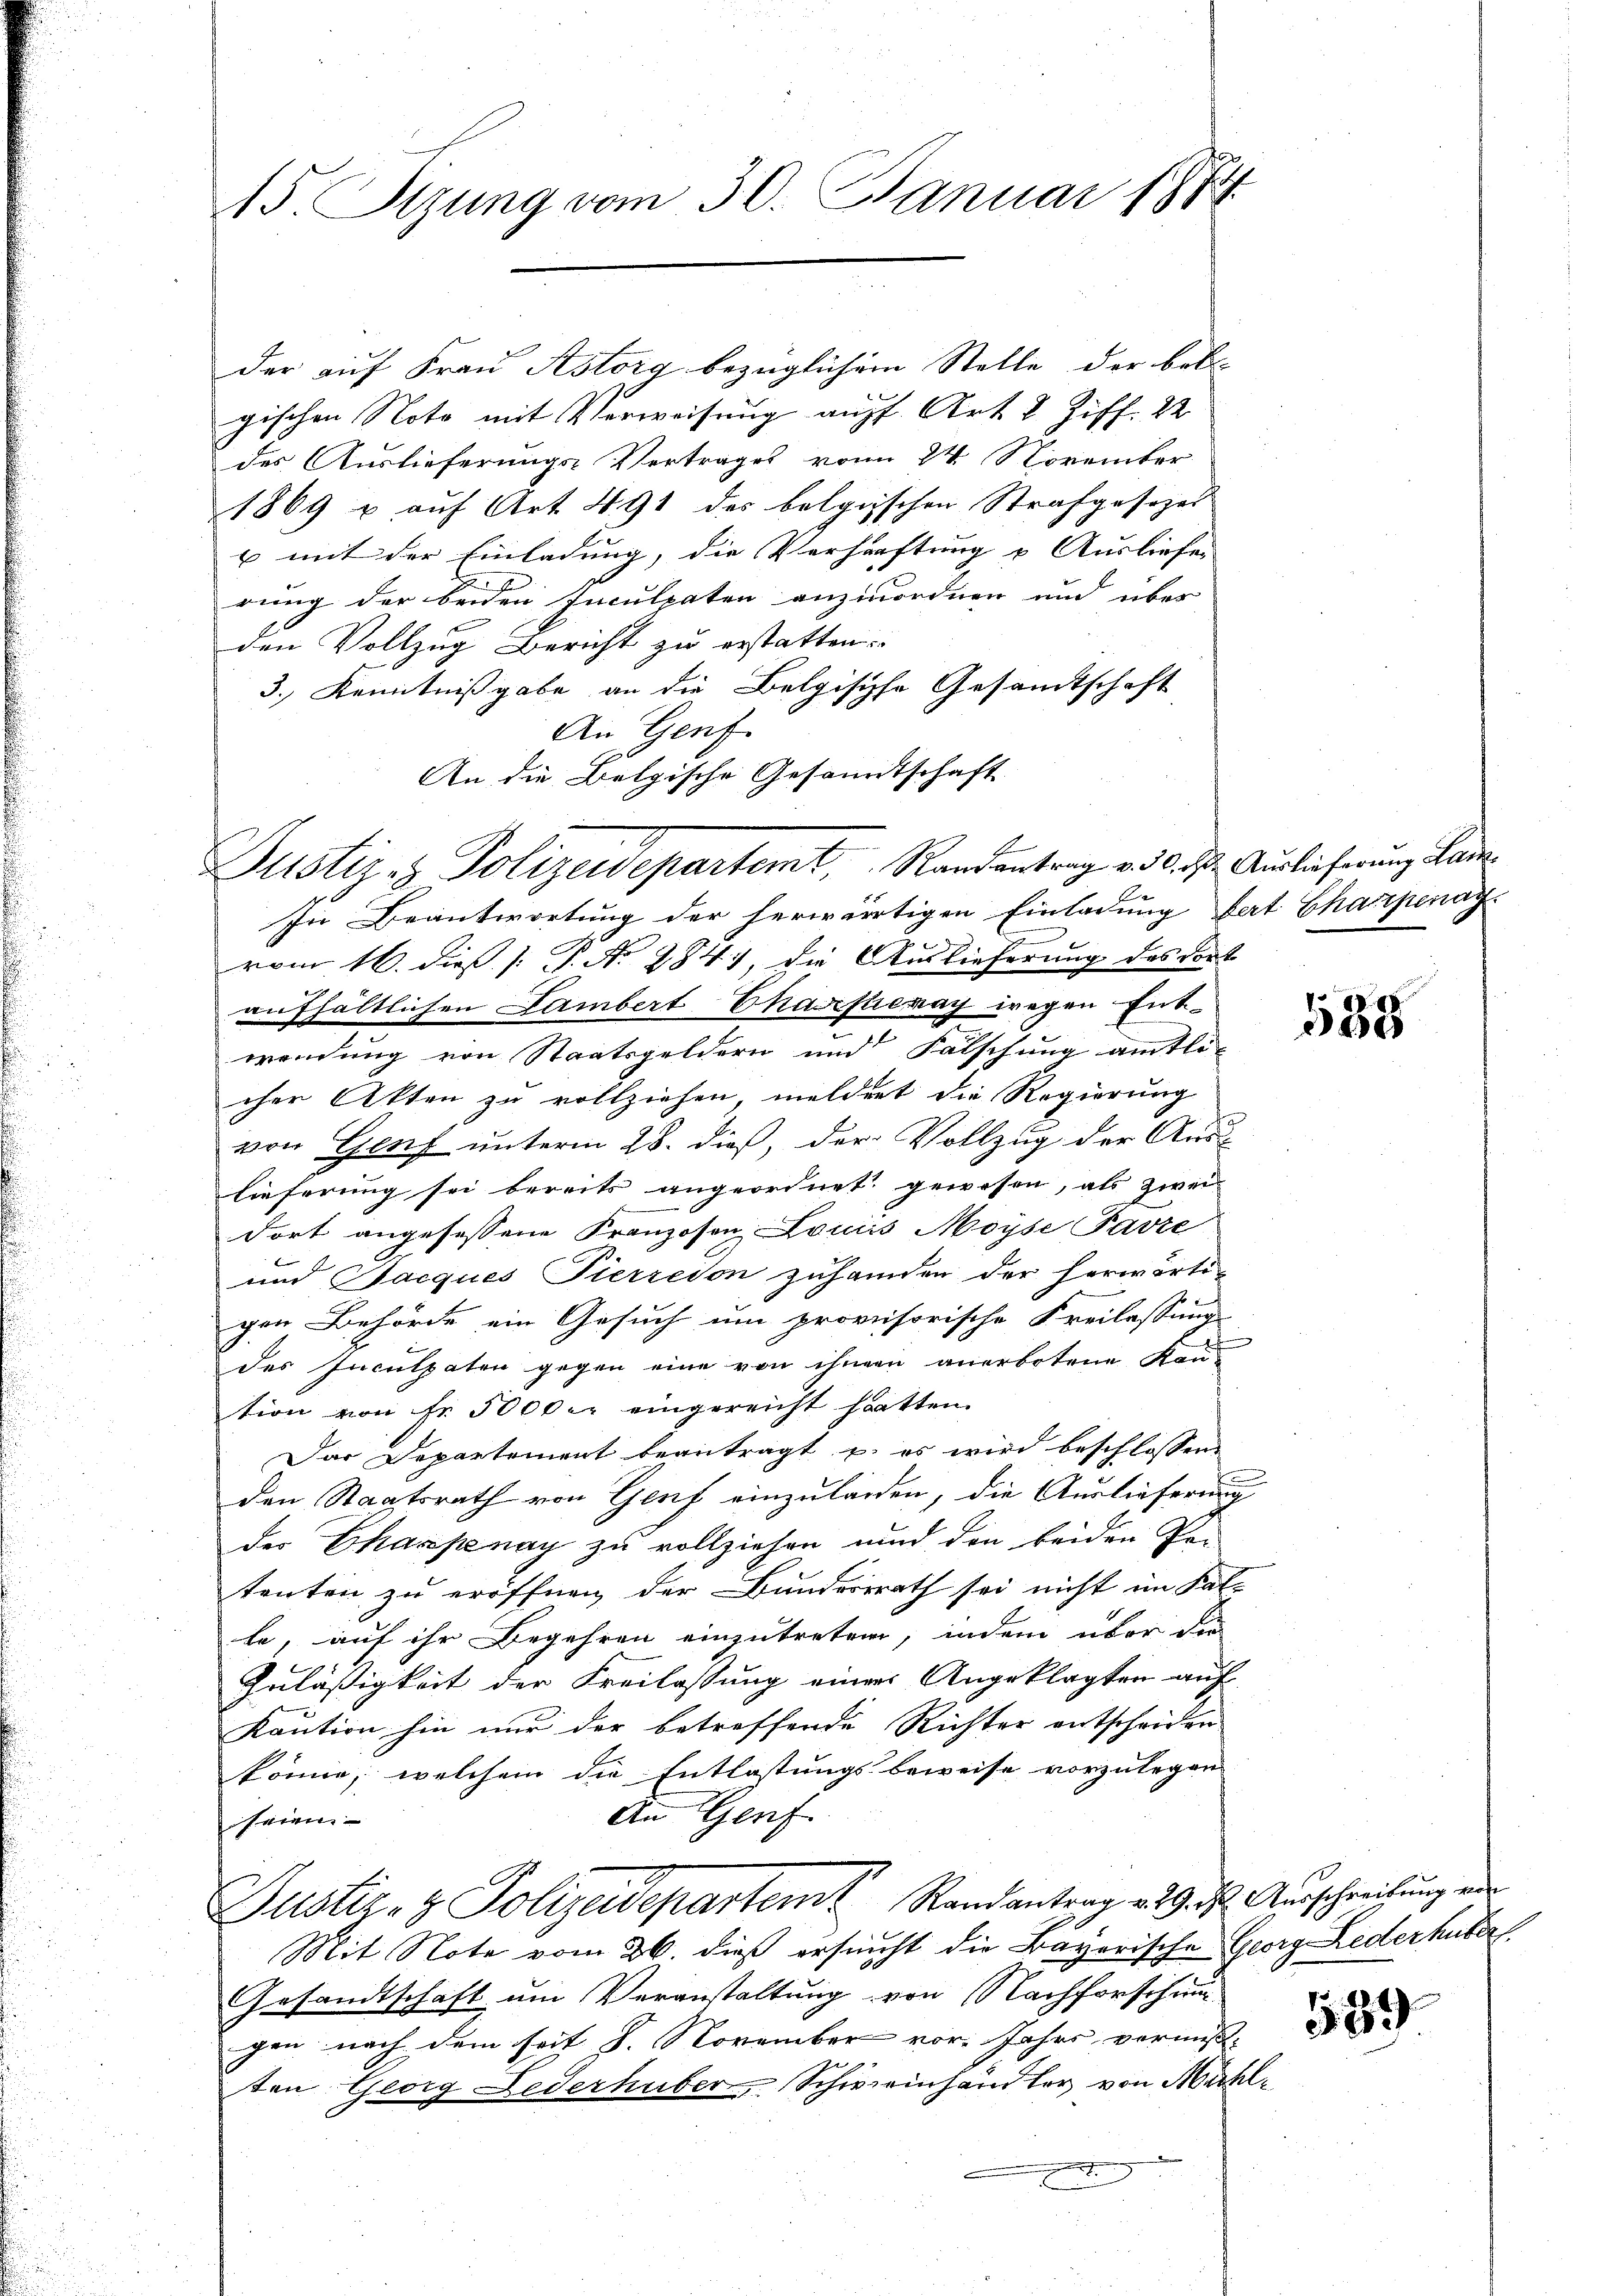
15. Stzung vom 30. Januar 1874.

der auf Frau Astorg bezüglichem Stelle der betr.
gischen Nota mit Verweisung auff Art. 2 Ziff. 22
des Auslieferungs-Vertrages vom 24. November
1869 u auf Art. 491 des belgischen Strafgesezes
x mit der Einladung, die Verhaftung u. Ausliefe,
rung der beiden Inculpaten anzuordnen und über
den Vollzug Bericht zu erstatten.
3.) Kenntnißgabe an die Belgische Gesandtschaft
An Genf.
An die Belgische Gesandtschaft
2

Justiz- & Polizeidepartemt, Randantrag v. 30. ds. Auslieferung Lan¬

In Beantwortung der herwärtigen Einladung hat Chapenag
vom 16. dieß (: P. N. 2847, die Auslieferung des dort
aufhältlichen Lambert Charfenay wegen Ent-
wendung von Staatsgeldern und Fälschung amtli-
cher Akten zu vollziehen, meldert die Regierung
von Genf unterm 28. dieß, der Vollzug der Aus-
lieferung sei bereits angeordnet gewesen, als zwei
dort angefessene Franzosen Louis Noyse Pavie
und Jacques Pierredon zuhanden der herwärti-
gen Behörde ein Gesuch um provisorische Freilassung
f
des Inculpaten gegen eine von ihnen anerbotene Kan-
tion von Fr. 5000 er eingereicht hatten.
Das Departement beantragt u. es wird beschlossen
den Staatsrath von Genf einzuladen, die Auslieferung
der Chaspenay zu vollziehen und den beiden Per-
tenten zu eröffnen der Bundesrath sei nicht im Kal-
te, auf ihr Begehren einzutreten, indem über die
Zuläßigkeit der Freilassung einer Angeklagten auf
Kaution hin nur der betreffende Richter entscheiden
könne, welchem die Entlastungsbeweise vorzulegen
An Genf.
seien
Justiz- & Polizeidepartem Randantrag v. 9. ds. Ausschreibung ein
Mit Note vom 26. dieß ersucht die Bayerische Georg Lederhüber
Gesandtschaft um Veranstaltung von Nachforschung
gen nach dem seit 8. November vor. Jahrs vormesten Georg Lederhuber, Schweinhändler von Mahl¬
.
E

538

589